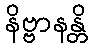
နိဗ္ဗာနန္တိ